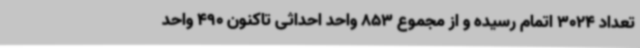
تعداد 3024 اتمام رسیده و از مجموع 853 واحد احداثی تاکنون 490 واحد